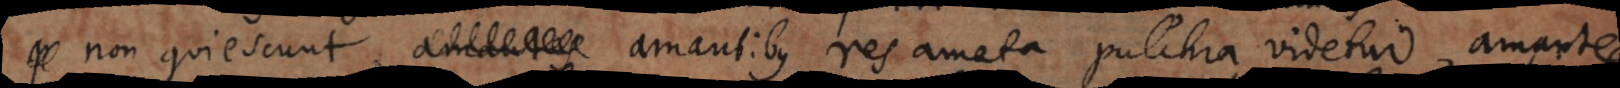
non quiescunt, amantibus res amata pulchra videtur, amantes